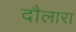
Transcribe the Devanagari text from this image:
दौलारा